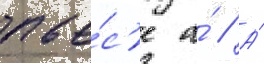
пье́с'е а́ // А́